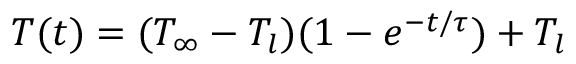
T ( t ) = ( T _ { \infty } - T _ { l } ) ( 1 - e ^ { - t / \tau } ) + T _ { l }